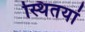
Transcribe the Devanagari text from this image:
स्थितयां